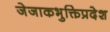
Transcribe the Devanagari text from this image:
जेजाकभुक्तिप्रदेश